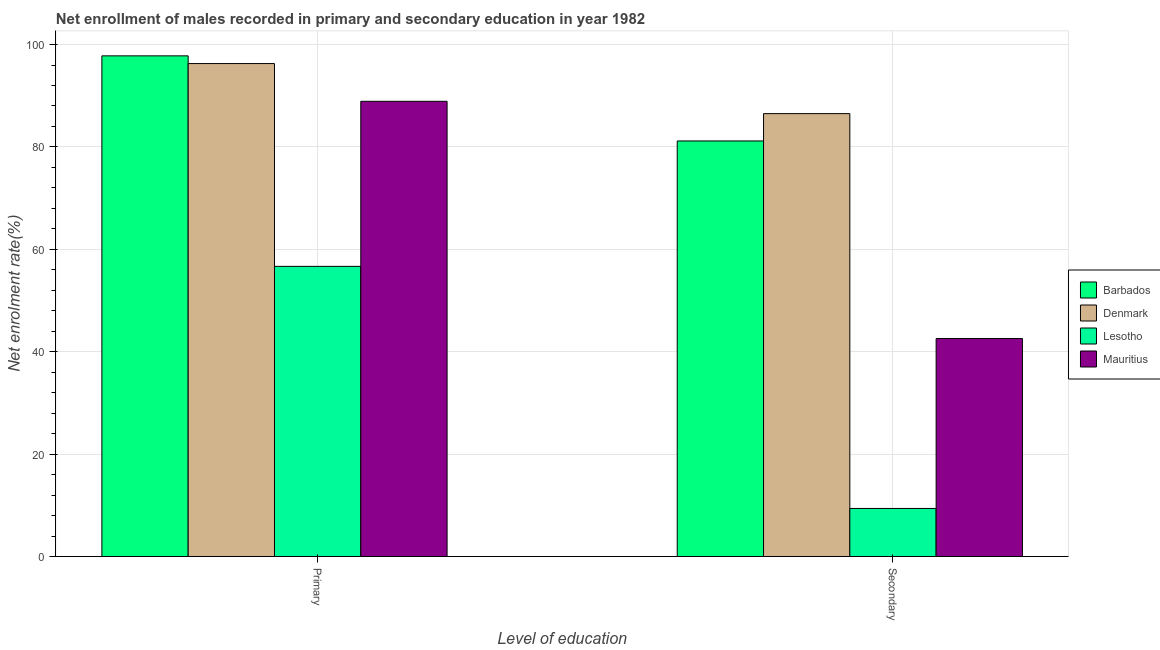
| Level of education | Barbados | Denmark | Lesotho | Mauritius |
 | --- | --- | --- | --- | --- |
 | Primary | 97.8 | 96.3 | 56.7 | 88.9 |
 | Secondary | 81.2 | 86.5 | 9.39 | 42.6 |